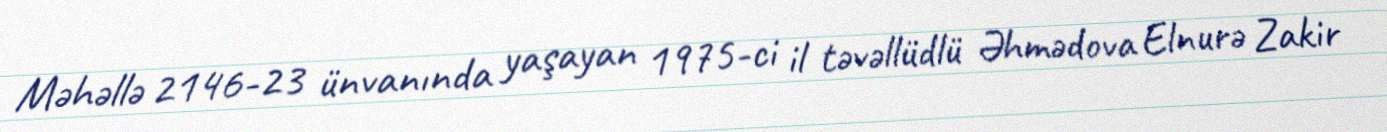
Məhəllə 2146-23 ünvanında yaşayan 1975-ci il təvəllüdlü Əhmədova Elnurə Zakir